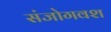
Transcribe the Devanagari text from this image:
संजोगवश